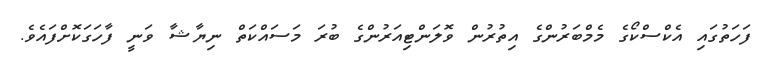
ފަހަތުގައި އެކްސްކޯގެ މެމްބަރުންގެ އިތުރުން ވޮލަންޓިއަރުންގެ ބުރަ މަސައްކަތް ނިޔާޝާ ވަނީ ފާހަގަކޮށްފައެވެ.